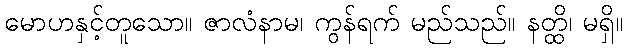
မောဟနှင့်တူသော။ ဇာလံနာမ၊ ကွန်ရက် မည်သည်။ နတ္ထိ၊ မရှိ။